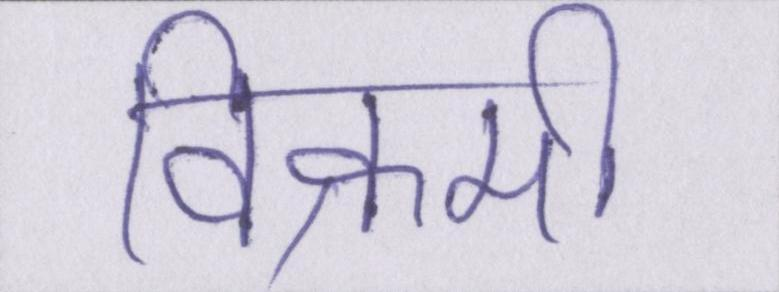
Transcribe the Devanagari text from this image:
विक्रमी